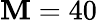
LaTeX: \mathbf{M}=40